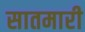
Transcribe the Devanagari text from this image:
सातमारी